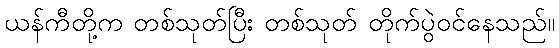
ယန်ကီတို့က တစ်သုတ်ပြီး တစ်သုတ် တိုက်ပွဲဝင်နေသည်။